Civil Veterinary Dept. Assam report 1927-50 - 1927-1950
Year: 1927
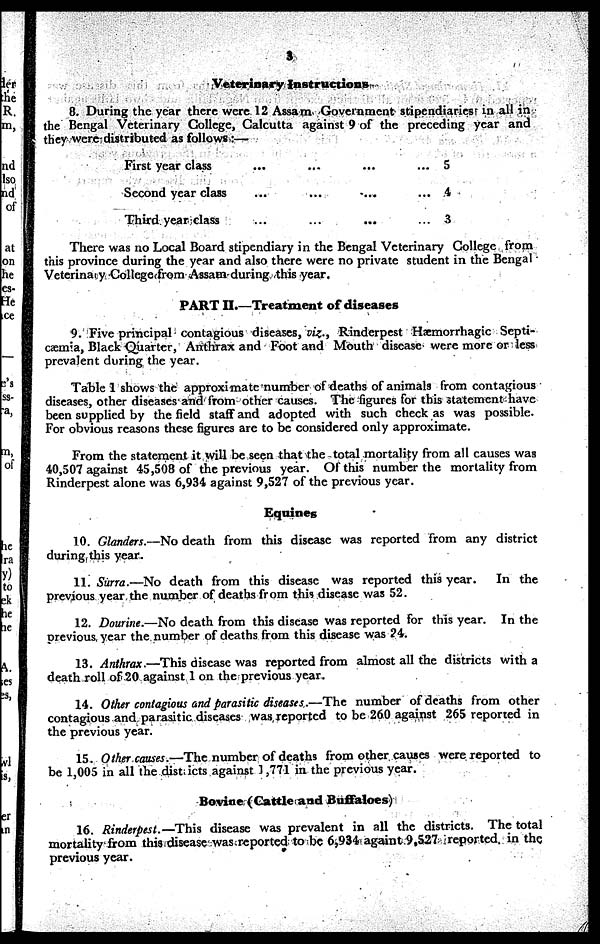
3
Veterinary Instructions
8. During the year there were 12 Assam Government stipendiaries in all in
the Bengal Veterinary College, Calcutta against 9 of the preceding year and
they were distributed as follows:—
First year class ... ... ... ...
Second year class ... ... ... ...
Third year class ... ... ... ...
5
4
3
There was no Local Board stipendiary in the Bengal Veterinary College from
this province during the year and also there were no private student in the Bengal
Veterinary College from Assam during this year.
PART II.—Treatment of diseases
9. Five principal contagious diseases, viz., Rinderpest Hæmorrhagic Septi-
cæmia, Black Quarter, Anthrax and Foot and Mouth disease were more or less
prevalent during the year.
Table 1 shows the approximate number of deaths of animals from contagious
diseases, other diseases and from other causes. The figures for this statement have
been supplied by the field staff and adopted with such check as was possible.
For obvious reasons these figures are to be considered only approximate.
From the statement it will be seen that the total mortality from all causes was
40,507 against 45,508 of the previous year. Of this number the mortality from
Rinderpest alone was 6,934 against 9,527 of the previous year.
Equines
10. Glanders.—No death from this disease was reported from any district
during this year.
11. Surra.—No death from this disease was reported this year.
In the
previous year the number of deaths from this disease was 52.
12. Dourine.—No death from this disease was reported for this year. In the
previous year the number of deaths from this disease was 24.
13. Anthrax.—This disease was reported from almost all the districts with a
death roll of 20 against 1 on the previous year.
14. Other contagious and parasitic diseases.—The number of deaths from other
contagious and parasitic diseases was reported to be 260 against 265 reported in
the previous year.
15. Other causes.—The number of deaths from other causes were reported to
be 1,005 in all the dist icts against 1,771 in the previous year.
Bovine (Cattle and Buffaloes)
16. Rinderpest.—This disease was prevalent in all the districts. The total
mortality from this disease was reported to be 6,934 againt 9,527 reported in the
previous year.